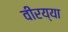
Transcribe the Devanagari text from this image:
वीरय्या